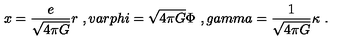
x = \frac { e } { \sqrt { 4 \pi G } } r \ , v a r p h i = \sqrt { 4 \pi G } \Phi \ , g a m m a = \frac { 1 } { \sqrt { 4 \pi G } } \kappa \ .